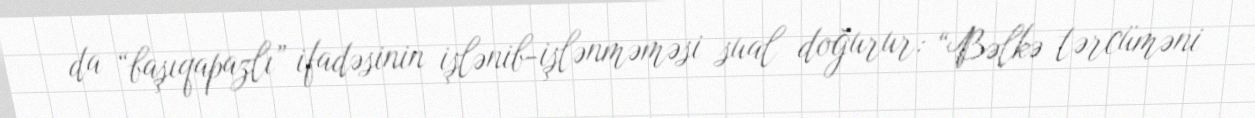
da “başıqapazlı” ifadəsinin işlənib-işlənməməsi sual doğurur: “Bəlkə tərcüməni